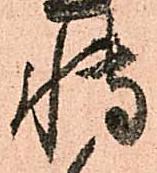
博